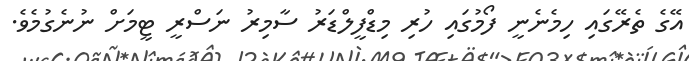
އޭގެ ތެރޭގައި ހިމެނެނީ ފޯމުގައި ހުރި މިޑްފީލްޑަރު ސާމިރު ނަސްރީ ޓީމަށް ނުނެގުމެވެ.